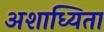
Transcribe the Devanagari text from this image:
अशाध्यिता